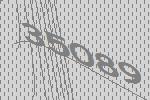
35089